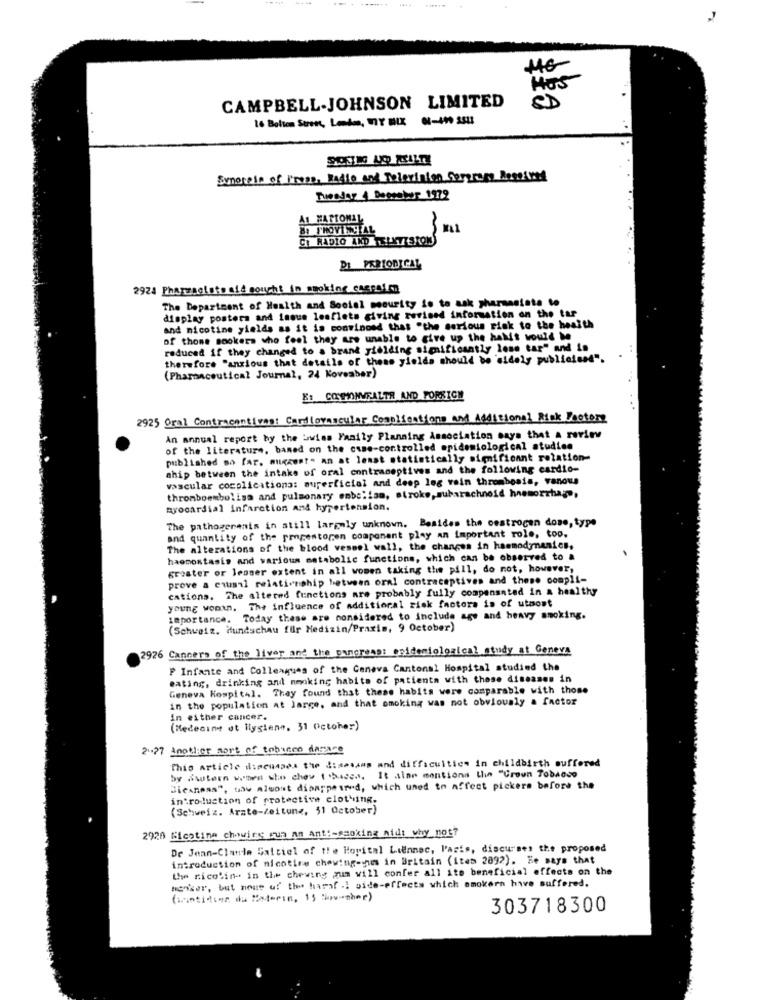
14 ..
HUS
CAMPBELL-JOHNSON LIMITED
16 Bolton Suren, London, MY MIX -419 2543
Senerein of Press, Radio and Television Sergrams Received
Tuesdar 4 Deeraber 1972
MARIONAL
PROVINCIAL
CO RADIO AND TELEVISION
DI PERIODICAL
2924 Pharmacists ald sought in smoking cesraisons
The Department of Health and Social mourity is to ask pharmasiste to
display posters and inous leaflets giving revised information on the tar
and nicotine yields as it is convinced that "the serious risk to the health
of thome Bookers who feel they are unable to give up the hakit would be
reduced if they changed to a brand yielding significantly less tar" and in
therefore "anxious that details of these yields should be sidely publicissd".
(Pharmaceutical Journal, 24 Koveaber)
E: COTONVFALTA AND FORSICH
2925 Oral Contracantivas: Cardiovascular Complications and Additional Risk Factory
An annual report by the bwies Family Planning Association says that a review
of the literature, based on the case-controlled epidemiological studies
published so far. august- an at least statistically significant rotation-
ship between the intake of oral contraceptives and the following cardio-
vascular cocplications: superficial and deep leg vein thrombosis, vanous
thromboembolisa and pulmonary embolism, stroke, subarachnoid hemorrhage,
myocardial infarction and hypertension.
The pathogenenis in still largely unknown. Besides the oestrogen dose, type
and quantity of the pmpestoren component play an important role, too.
The alterations of the blood vessel wall, the changes in haemodynamics,
haomostasis and various metabolic functions, which can be observed to a
greater or lesser extent in all women taking the pill, do not, however,
prove a causal relationship between oral contraceptives and these compli-
cations. The altered functions are probably fully compensated in a healthy
young woman. The influence of additional risk factors is of utmost
importance. Today these are considered to include age and heavy smoking.
(Schweiz. Hundschau für Medizin/Praxis, 9 October)
2926 Canners of the liver and the pancreass enidemiological study at Geneva
F Infante and Colleagues of the Caneva Cantonal Hospital studied the
eating, drinking and mmaking habits of patients with those diseases in
Geneva Hospital. They found that these habits were comparable with those
in the population at large, and that smoking was not obviously a factor
in either cancer.
(Medecine et llygiene, 31 October)
2.27 Another sort of tobacco damace
This article discusses the Simssans and difficulties in childbirth suffered
by dwtern when she chow thedes. It aine mentions the Crown Tobloco
Jicaness", the almost disappeared, which used to affect pickers before the
introduction of protective clothing.
(Schweiz. Arzte-Zeitung, $1 October)
2920 Bicotina chowies sun am Ant !- smoking aid: why not?
Dr Jean-Claude Gattiel of the Hopital Liennec, Paris, discurses the proposed
introduction of nicotine chewing-gums in Britain (item 2892). Ee says that
the nicotin- in the chewing zum will confer all its beneficial effects on the
honker, but none of the haraf .] side-effects which smokern have suffered.
303718300